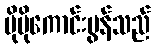
ပိုမိုကောင်းမွန်သည်